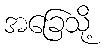
အခြေသို့